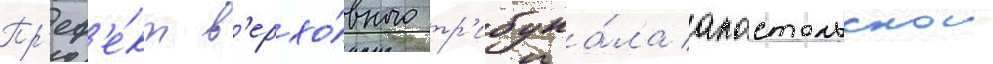
Пр'еф'е́кт в'ерхо́вного тр'ибуна́ла апостольскои